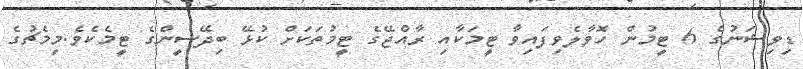
ޑިވިޝަނުގެ 6 ޓީމުން ހޮވާލެވިފައިވާ ޓީމަކާއި ރާއްޖޭގެ ޓީމުތަކަށް ކުޅޭ ބިދޭސީންގެ ޓީމެކެވެ.މިމެޗުގެ